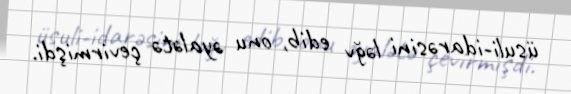
üsuli-idarəsini ləğv edib, onu əyalətə çevirmişdi.